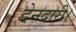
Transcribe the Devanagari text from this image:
देनदारी।